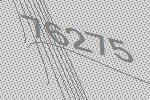
76275